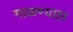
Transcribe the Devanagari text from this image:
गाळण्यास